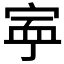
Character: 𡨴